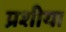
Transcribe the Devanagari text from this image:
प्रशीया